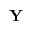
\mathbf { Y }